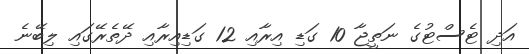
އަދި ޓެސްޓުގެ ނަތީޖާ 10 ގަޑި އިރާއި 12 ގަޑިއިރާއި ދޭތެރޭގައި ލިބޭނެ